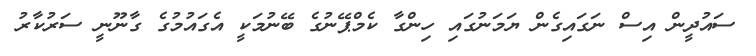
ސައުދީން އިސް ނަގައިގެން ޔަމަނުގައި ހިންގާ ކެމްޕޭނުގެ ބޭނުމަކީ އެގައުމުގެ ގާނޫނީ ސަރުކާރު